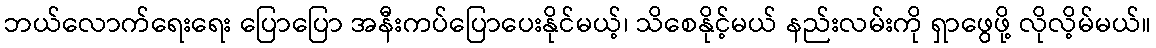
ဘယ်လောက်ရေးရေး ပြောပြော အနီးကပ်ပြောပေးနိုင်မယ့်၊ သိစေနိုင့်မယ် နည်းလမ်းကို ရှာဖွေဖို့ လိုလိ့မ်မယ်။